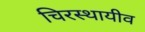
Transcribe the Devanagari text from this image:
चिरस्थायीव